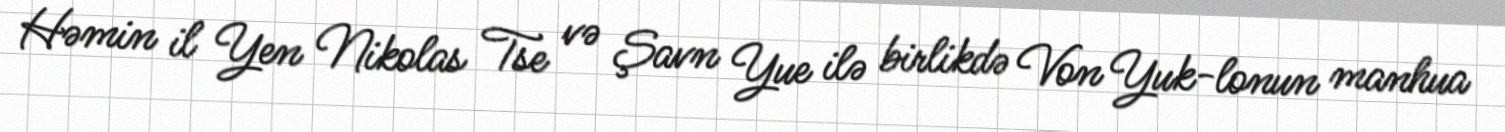
Həmin il Yen Nikolas Tse və Şavn Yue ilə birlikdə Von Yuk-lonun manhua